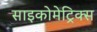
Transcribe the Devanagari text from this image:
साइकोमेट्रिक्स